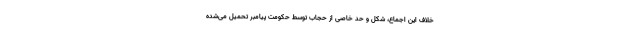
خلاف این اجماع، شکل و حد خاصی از حجاب توسط حکومت پیامبر تحمیل می‌شده